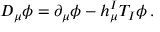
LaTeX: D _ { \mu } \phi = \partial _ { \mu } \phi - h _ { \mu } ^ { I } T _ { I } \phi \, .